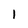
Character: 1